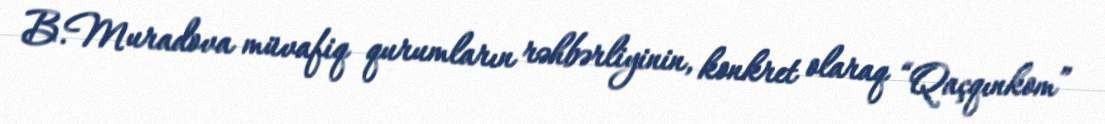
B.Muradova müvafiq qurumların rəhbərliyinin, konkret olaraq “Qaçqınkom”